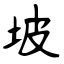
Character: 坡